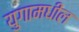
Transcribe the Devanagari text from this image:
युगामधील